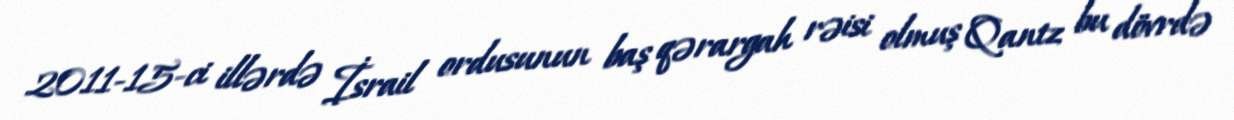
2011-15-ci illərdə İsrail ordusunun baş qərargah rəisi olmuş Qantz bu dövrdə